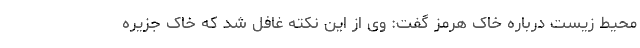
محیط زیست درباره خاک هرمز گفت: وی از این نکته غافل شد که خاک جزیره